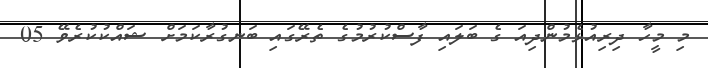
މި މީހާ ދިރިއުޅެމުންދިއަ ގެ ބަލައި ފާސްކުރުމުގެ ތެރޭގައި ބަނގުރާކަމަށް ޝައްކުކުރެވޭ 05